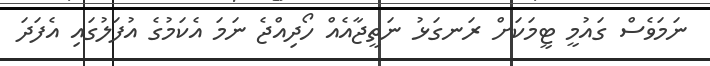
ނަމަވެސް ގައުމީ ޓީމަކަށް ރަނގަޅު ނަތީޖާއެއް ހޯދިއްޖެ ނަމަ އެކަމުގެ އުފަލުގައި އެފަދަ